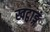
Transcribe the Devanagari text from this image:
खट्वाङ्गं